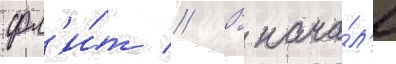
фл'и́т // В нача́л'е